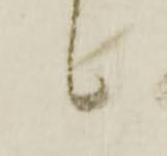
候